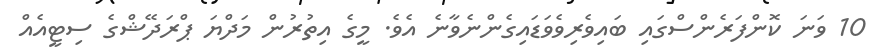
10 ވަނަ ކޮންފަރެންސްގައި ބައިވެރިވެވަޑައިގެންނެވާނެ އެވެ. މީގެ އިތުރުން މަދްޔަ ޕްރަދޭޝްގެ ސިޓީއެއް